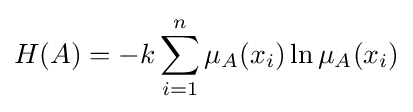
H(A)=-k\sum _{i=1}^{n}\mu _{A}(x_{i})\ln \mu _{A}(x_{i})